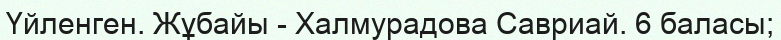
Үйленген. Жұбайы - Халмурадова Савриай. 6 баласы;